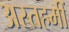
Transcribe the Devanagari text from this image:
अस्तहमीं